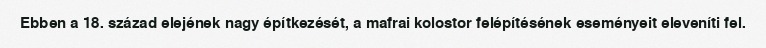
Ebben a 18. század elejének nagy építkezését, a mafrai kolostor felépítésének eseményeit eleveníti fel.